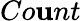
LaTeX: Co\mathbf{u}nt